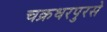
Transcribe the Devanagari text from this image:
चक्रधरपुरसे